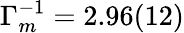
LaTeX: \Gamma_{m}^{-1}=2.96(12)